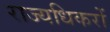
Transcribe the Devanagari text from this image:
राज्यधिकरों